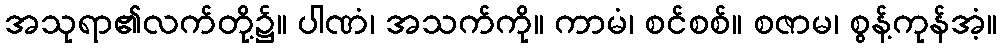
အသုရာ၏လက်တို့၌။ ပါဏံ၊ အသက်ကို။ ကာမံ၊ စင်စစ်။ စဇာမ၊ စွန့်ကုန်အံ့။